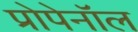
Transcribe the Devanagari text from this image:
प्रोपेनॉल